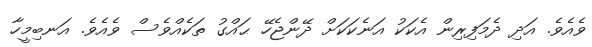
ވެއެވެ. އަދި ދެމަފިރިން އެކަކު އަނެކަކަށް ދޭންޖެހޭ ޙައްގު ތަކެއްވެސް ވެއެވެ. އަނބިމީހާ